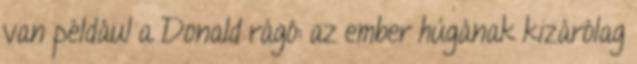
van például a Donald rágó: az ember húgának kizárólag